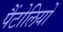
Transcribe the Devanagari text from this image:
पैंटोलियों